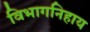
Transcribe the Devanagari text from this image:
विभागनिहाय